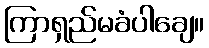
ကြာရှည်မခံပါချေ။